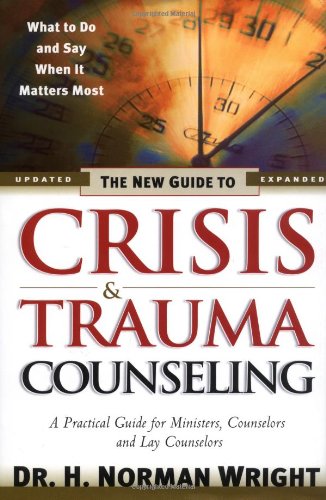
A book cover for The New Guide to Crisis and Trauma Counseling; H. Norman Wright; Religion & Spirituality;